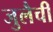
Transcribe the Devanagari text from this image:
जुलैची